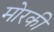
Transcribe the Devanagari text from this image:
मोरकी